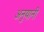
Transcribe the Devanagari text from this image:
अनुयानी